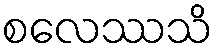
စလေဿသိ